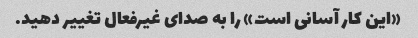
«این کار آسانی است» را به صدای غیرفعال تغییر دهید.